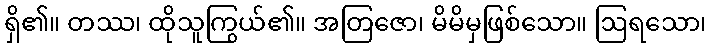
ရှိ၏။ တဿ၊ ထိုသူကြွယ်၏။ အတြဇော၊ မိမိမှဖြစ်သော။ ဩရသော၊